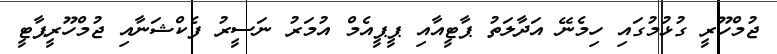
ޖުމްހޫރީ ގުޅުމުގައި ހިމެނޭ އަދާލަތު ޕާޓީއާއި ޕީޕީއެމް އުމަރު ނަސީރު ފެކްޝަނާއި ޖުމްހޫރީޕާޓީ